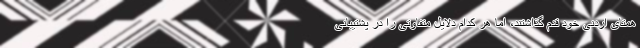
همتای اردنی خود قدم گذاشتند، اما هر کدام دلایل متفاوتی را در پشتیبانی